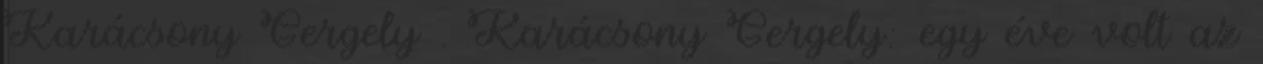
Karácsony Gergely . Karácsony Gergely: egy éve volt az